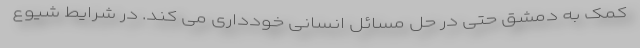
کمک به دمشق حتی در حل مسائل انسانی خودداری می کند. در شرایط شیوع